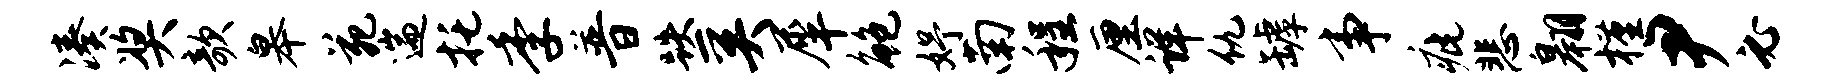
凑奖欹皋苑遄托季普跌奚犀鲍妤南程厘详仇罅事疵悲翱槿尹必